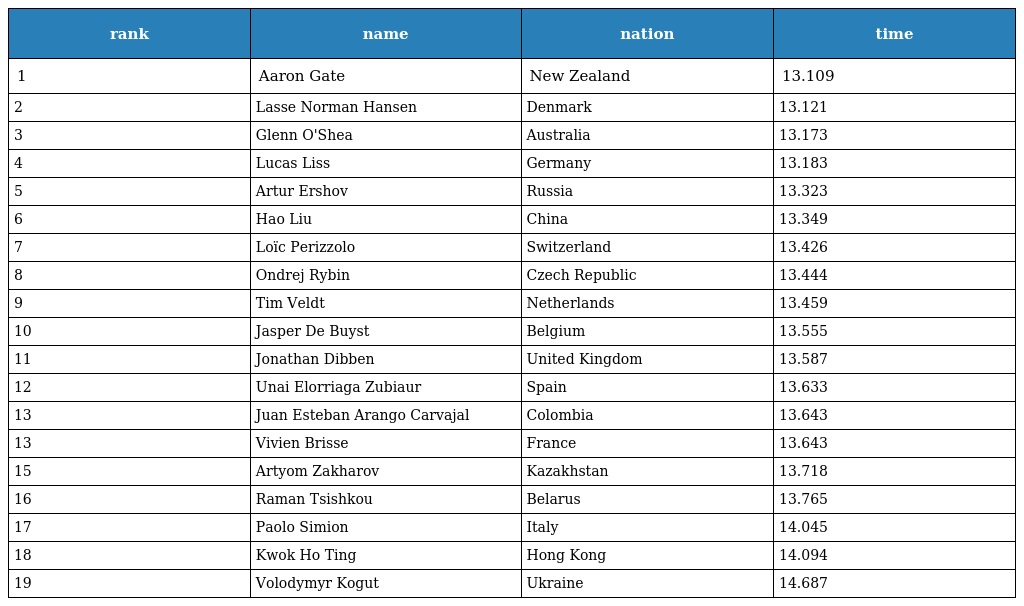
| rank | name | nation | time |
 | --- | --- | --- | --- |
 | 1 | Aaron Gate | New Zealand | 13.109 |
 | 2 | Lasse Norman Hansen | Denmark | 13.121 |
 | 3 | Glenn O'Shea | Australia | 13.173 |
 | 4 | Lucas Liss | Germany | 13.183 |
 | 5 | Artur Ershov | Russia | 13.323 |
 | 6 | Hao Liu | China | 13.349 |
 | 7 | Loïc Perizzolo | Switzerland | 13.426 |
 | 8 | Ondrej Rybin | Czech Republic | 13.444 |
 | 9 | Tim Veldt | Netherlands | 13.459 |
 | 10 | Jasper De Buyst | Belgium | 13.555 |
 | 11 | Jonathan Dibben | United Kingdom | 13.587 |
 | 12 | Unai Elorriaga Zubiaur | Spain | 13.633 |
 | 13 | Juan Esteban Arango Carvajal | Colombia | 13.643 |
 | 13 | Vivien Brisse | France | 13.643 |
 | 15 | Artyom Zakharov | Kazakhstan | 13.718 |
 | 16 | Raman Tsishkou | Belarus | 13.765 |
 | 17 | Paolo Simion | Italy | 14.045 |
 | 18 | Kwok Ho Ting | Hong Kong | 14.094 |
 | 19 | Volodymyr Kogut | Ukraine | 14.687 |